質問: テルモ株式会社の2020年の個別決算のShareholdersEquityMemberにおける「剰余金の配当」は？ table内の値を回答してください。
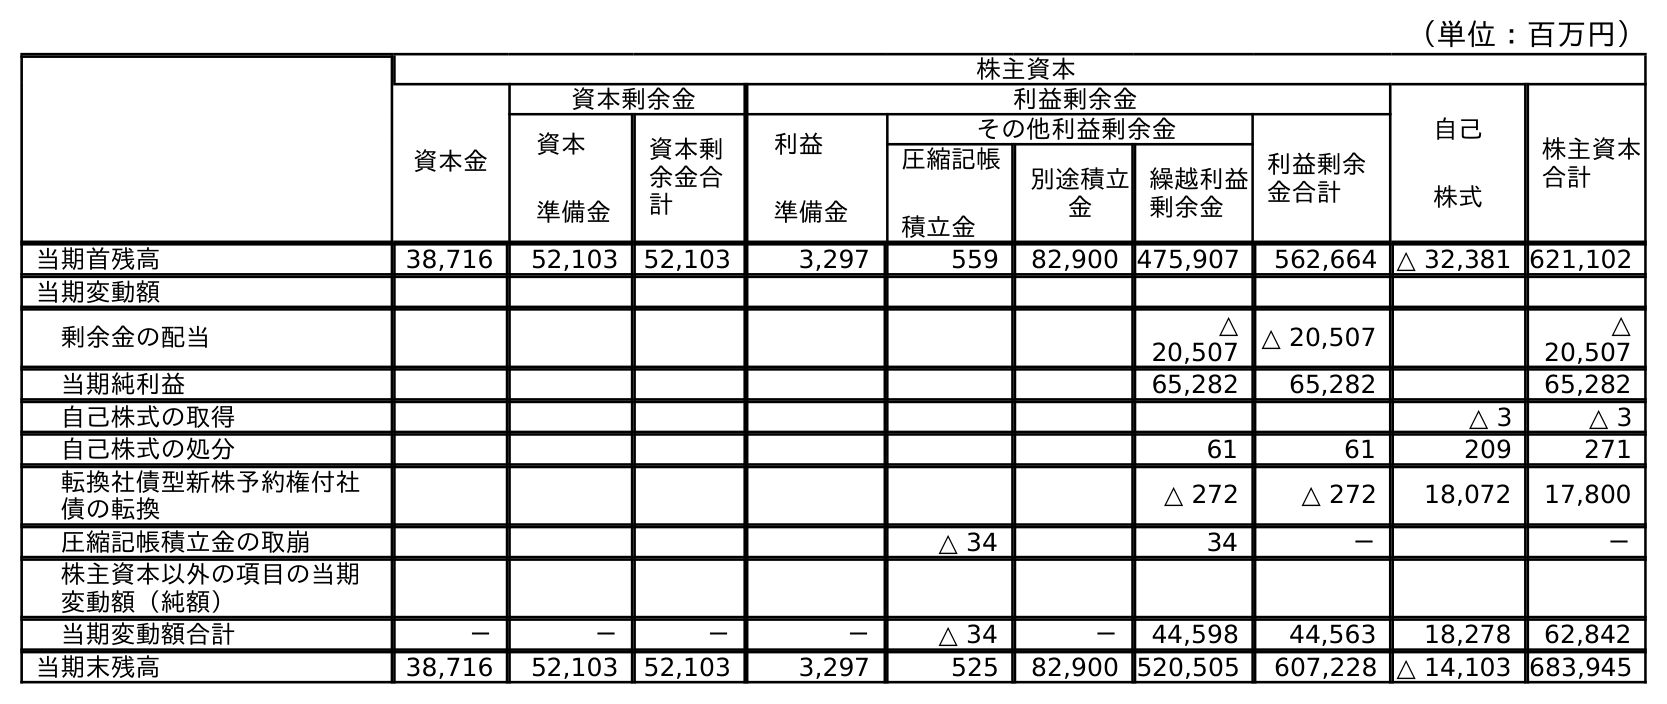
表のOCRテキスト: （単位：百万円） 株主資本 資本金 資本剰余金 利益剰余金 自己 株式 株主資本 合計 資本 準備金 資本剰 余金合 計 利益 準備金 その他利益剰余金 利益剰余 金合計 圧縮記帳 積立金 別途積立 金 繰越利益 剰余金 当期首残高 38,716 52,103 52,103 3,297 559 82,900 475,907 562,664 △ 32,381 621,102 当期変動額 剰余金の配当 △ 20,507 △ 20,507 △ 20,507 当期純利益 65,282 65,282 65,282 自己株式の取得 △ 3 △ 3 自己株式の処分 61 61 209 271 転換社債型新株予約権付社 債の転換 △ 272 △ 272 18,072 17,800 圧縮記帳積立金の取崩 △ 34 34 － － 株主資本以外の項目の当期 変動額（純額） 当期変動額合計 － － － － △ 34 － 44,598 44,563 18,278 62,842 当期末残高 38,716 52,103 52,103 3,297 525 82,900 520,505 607,228 △ 14,103 683,945
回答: △20,507